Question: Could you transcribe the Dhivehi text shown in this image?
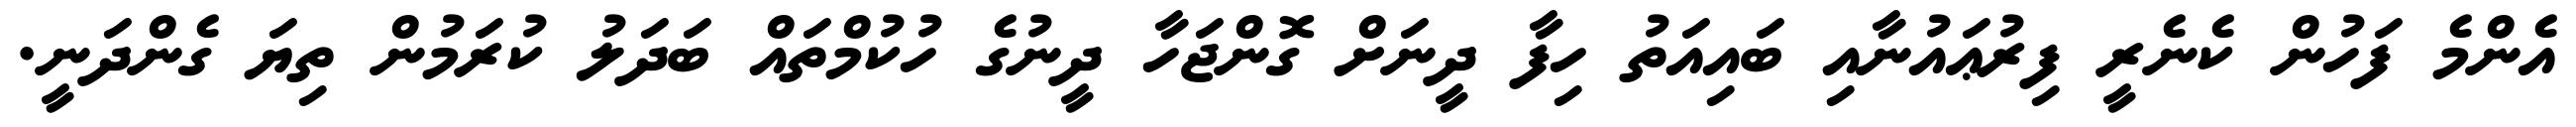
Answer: އެންމެ ފަހުން ކެނެރީ ފިރުޢައުނާއި ބައިއަތު ހިފާ ދީނަށް ގޮންޖަހާ ދީނުގެ ހުކުމްތައް ބަދަލު ކުރަމުން ތިޔަ ގެންދަނީ.